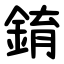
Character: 錥